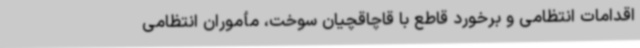
اقدامات انتظامی و برخورد قاطع با قاچاقچیان سوخت، مأموران انتظامی